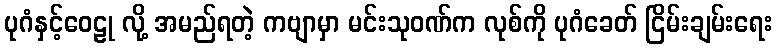
ပုဂံနှင့်ဝေဠု လို့ အမည်ရတဲ့ ကဗျာမှာ မင်းသုဝဏ်က လုစ်ကို ပုဂံခေတ် ငြိမ်းချမ်းရေး